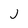
Character: j